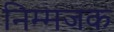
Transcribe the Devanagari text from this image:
निम्मजक